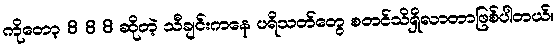
ကိုတော့ 8 8 8 ဆိုတဲ့ သီချင်းကနေ ပရိသတ်တွေ စတင်သိရှိလာတာဖြစ်ပါတယ်။